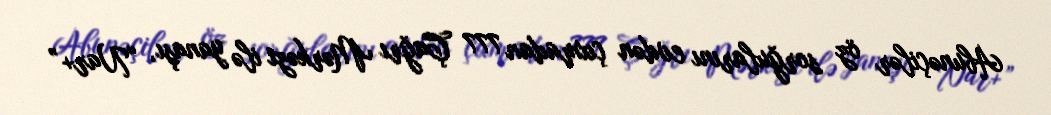
Abunəçilər öz sorğularını evdən çıxmadan 777 Çağrı Mərkəzi ilə yanaşı, “Nar+”